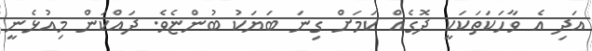
އަދި އެ ވާހަކަތަކަކީ ދޮގެއް ކަމަށް ގިނަ ބަޔަކު ބުންޏެވެ. ދައްކަން މިއުޅެނީ